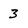
Character: 3